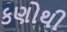
કણોથી